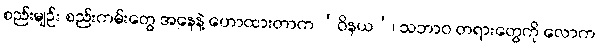
စည်းမျဉ်း စည်းကမ်းတွေ အနေနဲ့ ဟောထားတာက ‘ဝိနယ’၊ သဘာဝ တရားတွေကို လောက